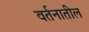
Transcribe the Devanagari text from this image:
वर्तनातील